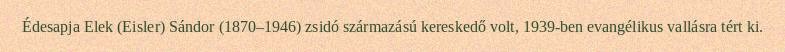
Édesapja Elek (Eisler) Sándor (1870–1946) zsidó származású kereskedő volt, 1939-ben evangélikus vallásra tért ki.